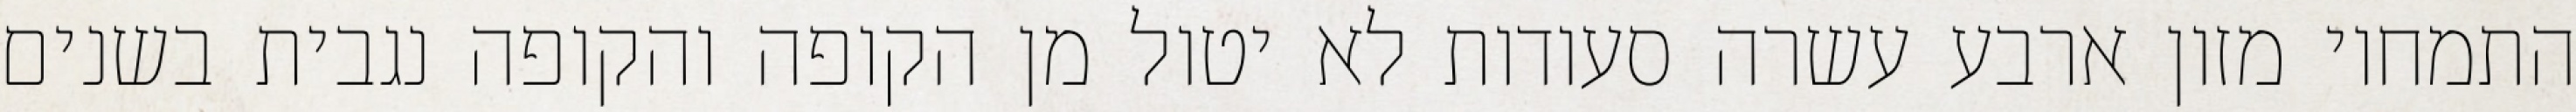
התמחוי מזון ארבע עשרה סעודות לא יטול מן הקופה והקופה נגבית בשנים